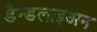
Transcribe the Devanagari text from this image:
डैन्डलाइअन